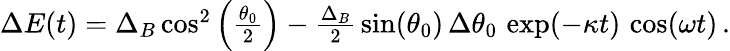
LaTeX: \begin{array}{r}{\Delta E(t)=\Delta_{B}\cos^{2}\left(\frac{\theta_{0}}{2}\right)-\frac{\Delta_{B}}{2}\, \sin(\theta_{0})\, \Delta\theta_{0}\, \exp(-\kappa t)\, \cos(\omega t)\, .}\end{array}